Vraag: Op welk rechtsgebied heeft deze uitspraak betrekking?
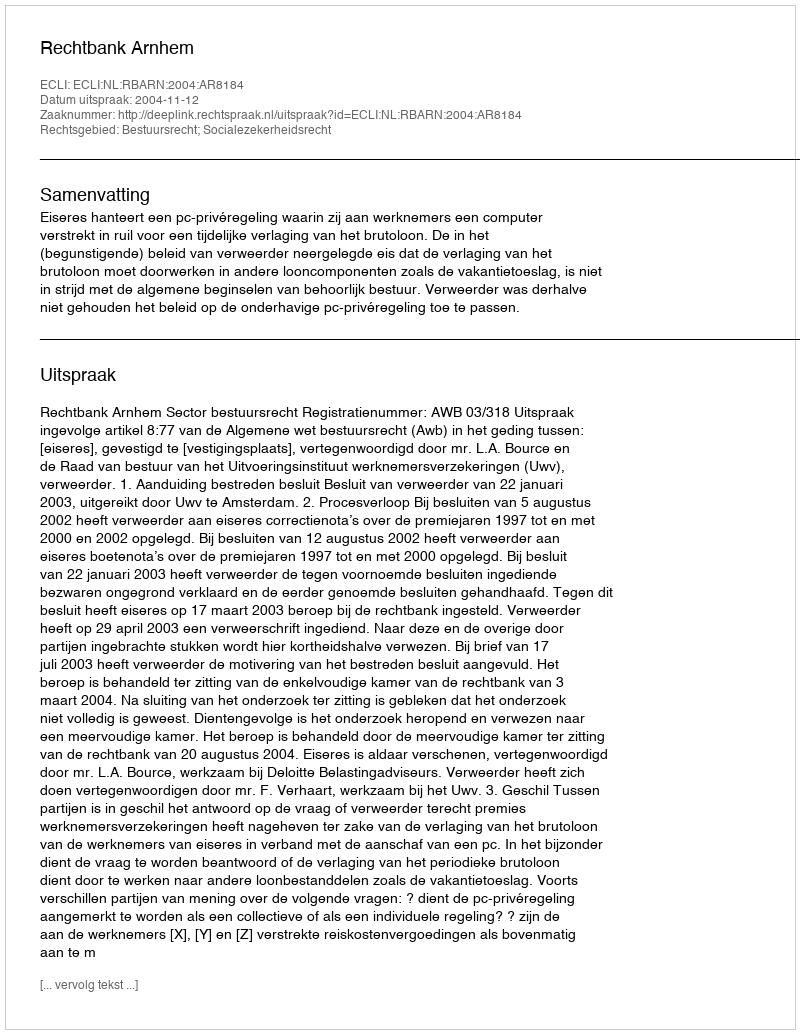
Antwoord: Bestuursrecht; Socialezekerheidsrecht